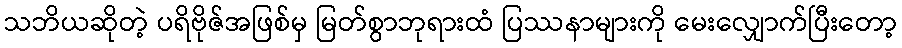
သဘိယဆိုတဲ့ ပရိဗိုဇ်အဖြစ်မှ မြတ်စွာဘုရားထံ ပြဿနာများကို မေးလျှောက်ပြီးတော့